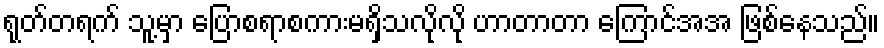
ရုတ်တရက် သူ့မှာ ပြောစရာစကားမရှိသလိုလို ဟာတာတာ ကြောင်အအ ဖြစ်နေသည်။